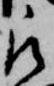
被